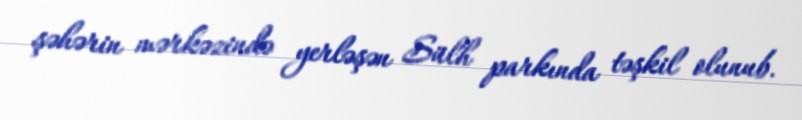
şəhərin mərkəzində yerləşən Sülh parkında təşkil olunub.